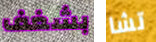
بشغف تشا